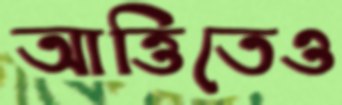
আত্তিতেও